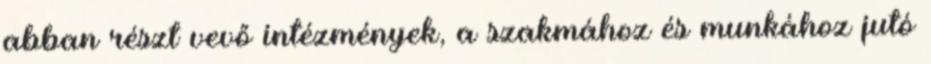
abban részt vevő intézmények, a szakmához és munkához jutó